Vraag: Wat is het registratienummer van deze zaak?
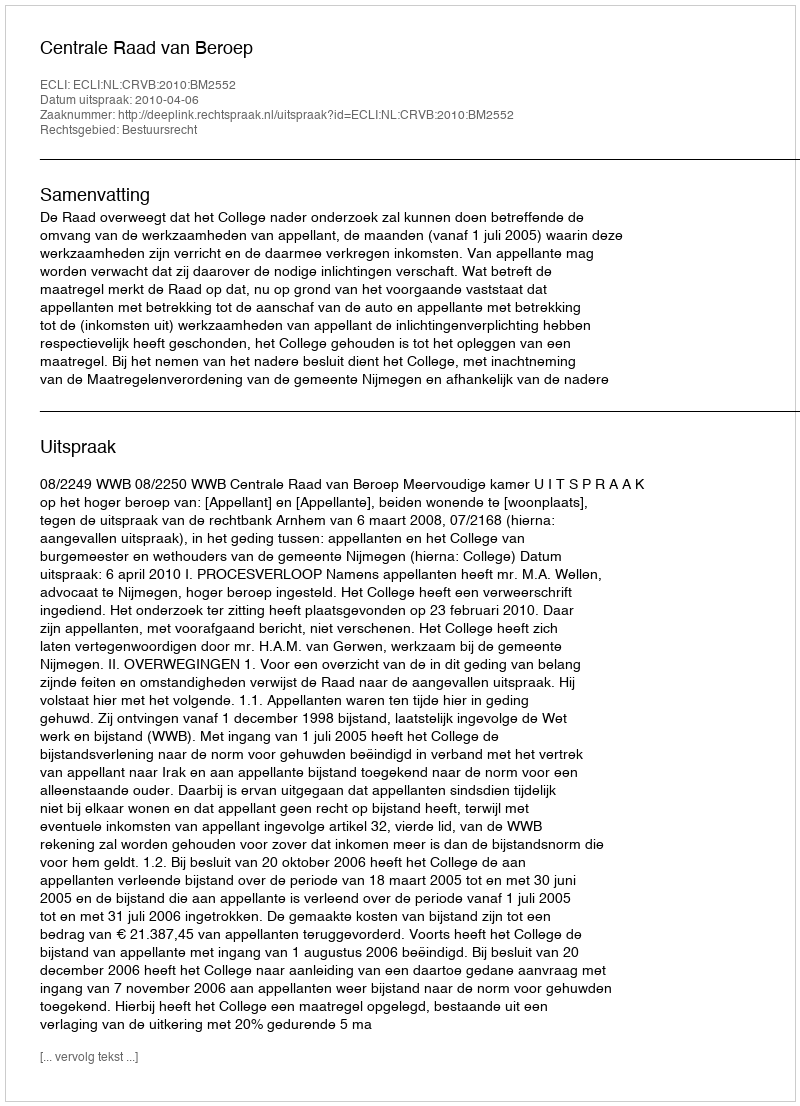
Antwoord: http://deeplink.rechtspraak.nl/uitspraak?id=ECLI:NL:CRVB:2010:BM2552